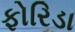
ફોરિડા